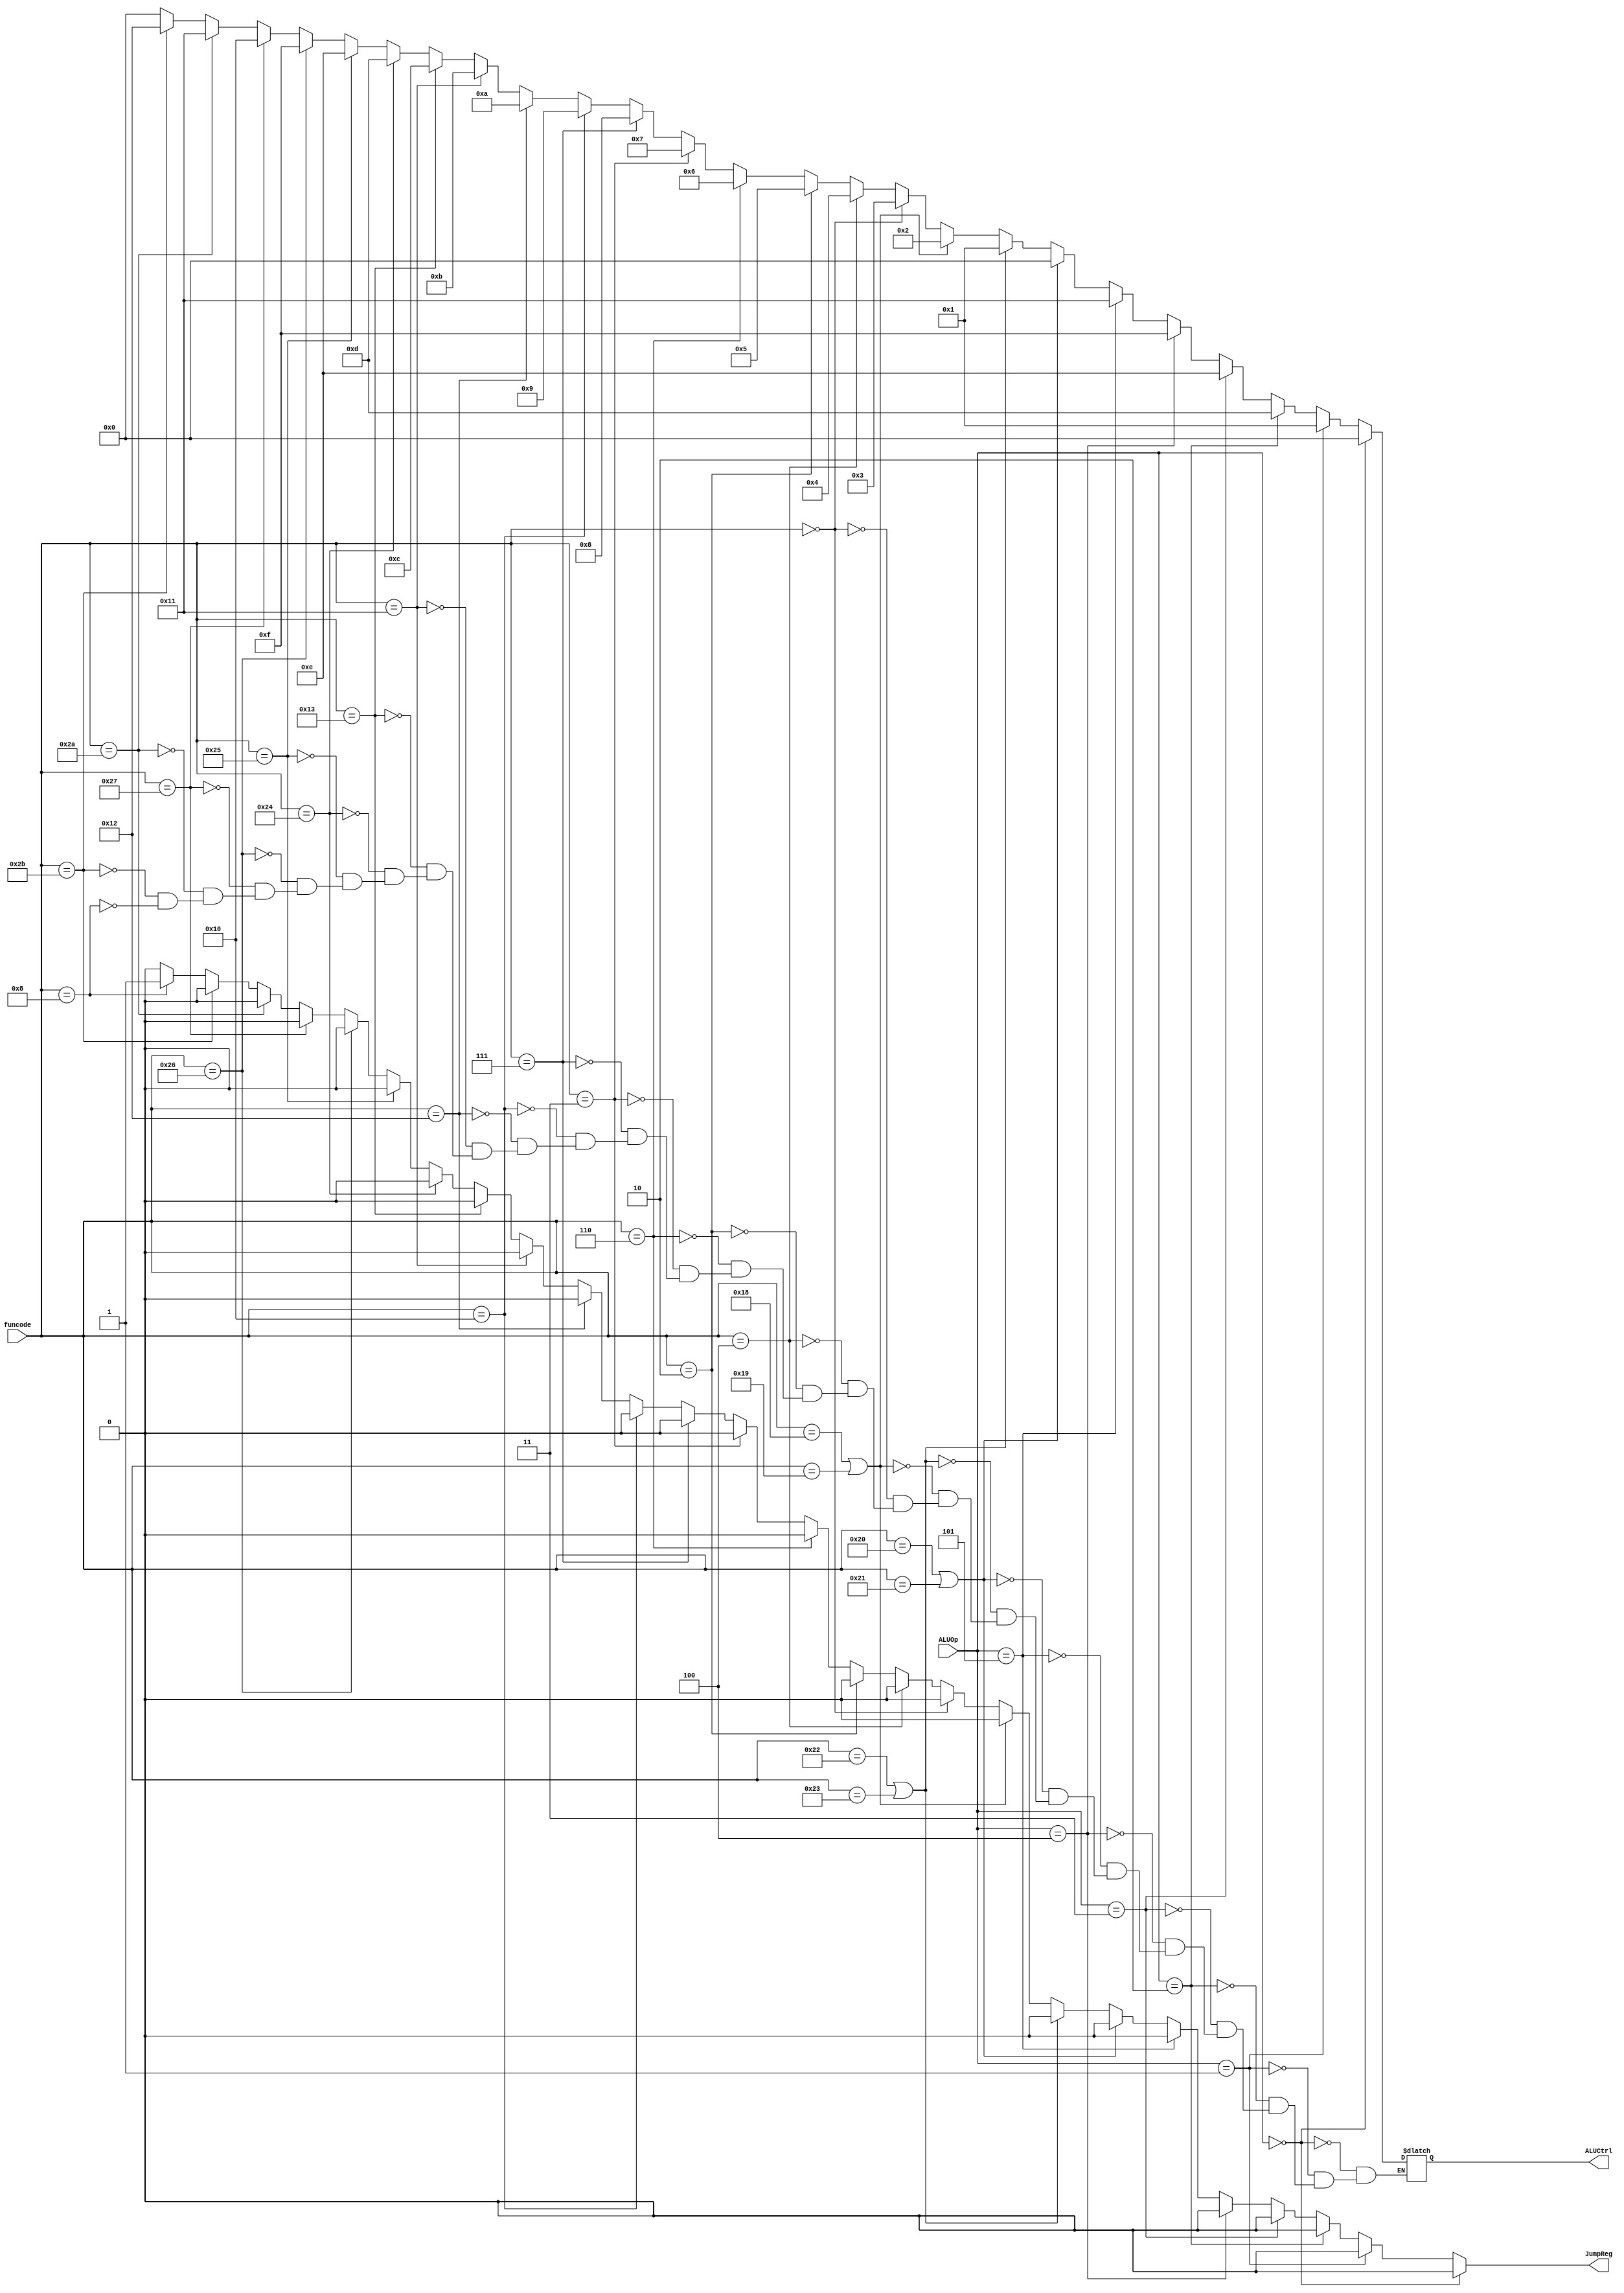
module alu_controller_r0 (
	input [2:0] ALUOp,		// ALUOp from the main controller
	input [5:0] funcode,	// Function code from instruction
	output [4:0] ALUCtrl,	// ALU function
	output JumpReg
);

/**********
 * Internal Signals
**********/
reg [4:0] ALUCtrl_tmp;
reg JumpReg_tmp;

/**********
 * Glue Logic 
 **********/
 // ALUOp Signals
 localparam ALUadd = 3'b000;
 localparam ALUsub = 3'b001;
 localparam ALUand = 3'b010;
 localparam ALUor  = 3'b011;
 localparam ALUxor = 3'b100;
 localparam ALUslt = 3'b101;
 localparam ALURtp = 3'b111;
 
 // Function codes
 localparam fun_sll		= 6'h00;
 localparam fun_srl		= 6'h02;
 localparam fun_sra		= 6'h03;
 localparam fun_sllv	= 6'h04;
 localparam fun_srlv	= 6'h06;
 localparam fun_srav	= 6'h07;
 localparam fun_jr		= 6'h08;
 //localparam fun_jalr	= 6'h09;
 localparam fun_mfhi	= 6'h10;
 localparam fun_mthi	= 6'h11;
 localparam fun_mflo	= 6'h12;
 localparam fun_mtlo	= 6'h13;
 localparam fun_mult	= 6'h18;
 localparam fun_multu	= 6'h19;
 localparam fun_div		= 6'h1A;
 localparam fun_divu	= 6'h1B;
 localparam fun_add 	= 6'h20;
 localparam fun_addu 	= 6'h21;
 localparam fun_sub		= 6'h22;
 localparam fun_subu	= 6'h23;
 localparam fun_and		= 6'h24;
 localparam fun_or		= 6'h25;
 localparam fun_xor		= 6'h26;
 localparam fun_nor		= 6'h27;
 localparam fun_slt		= 6'h2A;
 localparam fun_sltu	= 6'h2B;
 
/**********
 * Synchronous Logic
 **********/
/**********
 * Glue Logic 
 **********/
/**********
 * Components
 **********/
/**********
 * Output Combinatorial Logic
 **********/
 always @(ALUOp, funcode) begin
	JumpReg_tmp = 0;
 
	//----------------------- NOT R-Type ---------------------------//
	if(ALUOp == ALUadd) begin
		ALUCtrl_tmp <= 5'b00000;
	end else if(ALUOp == ALUsub) begin
		ALUCtrl_tmp <= 5'b00001;	
	end else if(ALUOp == ALUand) begin
		ALUCtrl_tmp <= 5'b01101;
	end else if(ALUOp == ALUor) begin
		ALUCtrl_tmp <= 5'b01110;
	end else if(ALUOp == ALUxor) begin
		ALUCtrl_tmp <= 5'b01111;
	end else if(ALUOp == ALUslt) begin
		ALUCtrl_tmp <= 5'b10001;	
	
	//------------------------- If R-Type --------------------------//
	end else if((funcode == fun_add) || (funcode == fun_addu)) begin
		ALUCtrl_tmp <= 5'b00000;
	end else if((funcode == fun_sub) || (funcode == fun_subu)) begin
		ALUCtrl_tmp <= 5'b00001;
	end else if((funcode == fun_mult) || (funcode == fun_multu)) begin
		ALUCtrl_tmp <= 5'b00010;
	end else if(funcode == fun_sll) begin
		ALUCtrl_tmp <= 5'b00011;
	end else if(funcode == fun_sllv) begin
		ALUCtrl_tmp <= 5'b00100;
	end else if(funcode == fun_srl) begin
		ALUCtrl_tmp <= 5'b00101;
	end else if(funcode == fun_srlv) begin
		ALUCtrl_tmp <= 5'b00110;
	end else if(funcode == fun_sra) begin
		ALUCtrl_tmp <= 5'b00111;
	end else if(funcode == fun_srav) begin
		ALUCtrl_tmp <= 5'b01000;
	end else if(funcode == fun_mfhi) begin
		ALUCtrl_tmp <= 5'b01001;
	end	else if(funcode == fun_mflo) begin
		ALUCtrl_tmp <= 5'b01010;
	end else if(funcode == fun_mthi) begin
		ALUCtrl_tmp <= 5'b01011;
	end else if(funcode == fun_mtlo) begin
		ALUCtrl_tmp <= 5'b01100;
	end else if(funcode == fun_and) begin
		ALUCtrl_tmp <= 5'b01101;
	end else if(funcode == fun_or) begin
		ALUCtrl_tmp <= 5'b01110;
	end else if(funcode == fun_xor) begin
		ALUCtrl_tmp <= 5'b01111;
	end else if(funcode == fun_nor) begin
		ALUCtrl_tmp <= 5'b10000;
	end else if(funcode == fun_slt) begin
		ALUCtrl_tmp <= 5'b10001;
	end else if(funcode == fun_sltu) begin
		ALUCtrl_tmp <= 5'b10010;
	end else if(funcode == fun_jr) begin
		ALUCtrl_tmp <= 5'b00000;
		JumpReg_tmp = 1;
	end
 end
 
 assign ALUCtrl = ALUCtrl_tmp;
 assign JumpReg = JumpReg_tmp;
 
endmodule